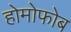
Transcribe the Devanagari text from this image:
होमोफोब